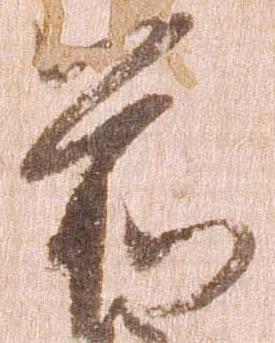
前